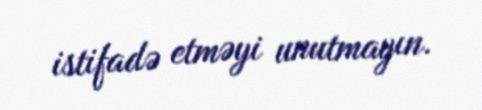
istifadə etməyi unutmayın.